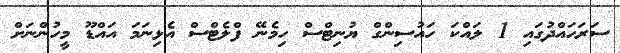
ސަރަހައްދުގައި 1 ލައްކަ ހައުސިންގް ޔުނިޓްސް ހިމެނޭ ފްލެޓްސް އެޅިނަމަ އައްޑޫ މީހުންނަށް